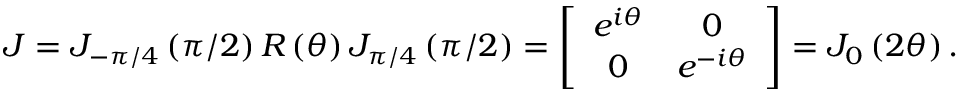
J = J _ { - \pi / 4 } \left( \pi / 2 \right) R \left( \theta \right) J _ { \pi / 4 } \left( \pi / 2 \right) = \left[ \begin{array} { c c } { e ^ { i \theta } } & { 0 } \\ { 0 } & { e ^ { - i \theta } } \end{array} \right] = J _ { 0 } \left( 2 \theta \right) .